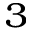
_ 3